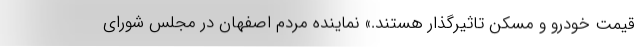
قیمت خودرو و مسکن تاثیرگذار هستند.» نماینده مردم اصفهان در مجلس شورای